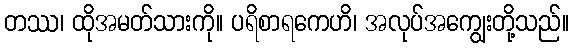
တဿ၊ ထိုအမတ်သားကို။ ပရိစာရကေဟိ၊ အလုပ်အကျွေးတို့သည်။